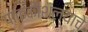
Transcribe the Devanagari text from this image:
पाककौशल्याचे